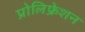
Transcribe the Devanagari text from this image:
प्रोलिफ्रेशन